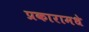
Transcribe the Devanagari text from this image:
प्रकारामधे